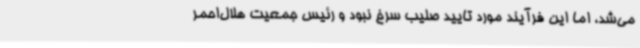
می‌شد، اما این فرآیند مورد تایید صلیب سرخ نبود و رئیس جمعیت هلال‌احمر